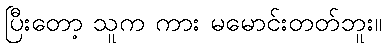
ပြီးတော့ သူက ကား မမောင်းတတ်ဘူး။